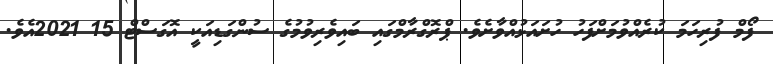
ފޯމް ފުރިހަމަ ކުރެއްވުމަށްފަހު ހުށައަޅުއްވާށެވެ. ޕްރޮގްރާމްގައި ބައިވެރިވުމުގެ ސުންގަޑިއަކީ އޮގަސްޓް 15 2021އެވެ.